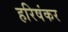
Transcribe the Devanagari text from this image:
हरिषंकर